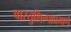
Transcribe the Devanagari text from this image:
वास्तुशिल्पाप्रमाणे